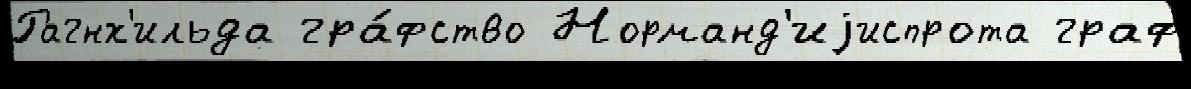
Рагнх'ильда гра́фство Норманд'иjиспрота граф